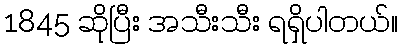
1845 ဆိုပြီး အသီးသီး ရရှိပါတယ်။